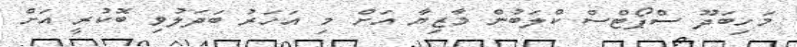
މަހިބަދޫ ސްޕޯޓްސް ކްލަބުން މާޒިޔާ އަށް މި އަހަރު ބަދަލުވި ބޮކުރީ އަށް